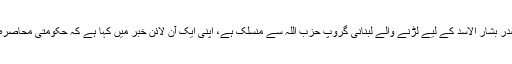
شامی حکومت کے ایک حمایتی اخبار، جو شام کے صدر بشار الاسد کے لیے لڑنے والے لبنانی گروپ حزب اللہ سے منسلک ہے، اپنی ایک آن لائن خبر میں کہا ہے کہ حکومتی محاصرہ توڑے جانے کی اطلاعات میں کوئی سچائی نہیں ہے۔